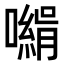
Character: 𡁰